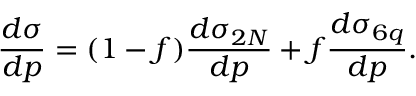
{ \frac { d \sigma } { d p } } = ( 1 - f ) { \frac { d \sigma _ { 2 N } } { d p } } + f { \frac { d \sigma _ { 6 q } } { d p } } .